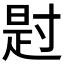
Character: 𪧺